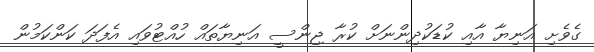
ގެވެށި އަނިޔާ އާއި ކުޑަކުދިންނަށް ކުރާ ޖިންސީ އަނިޔާތައް ހުއްޓުވައި އެފަދަ ކަންކަމުން